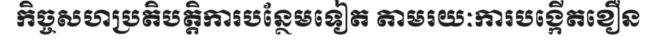
កិច្ចសហប្រតិបត្តិការបន្ថែមទៀត តាមរយៈការបង្កើតខឿន